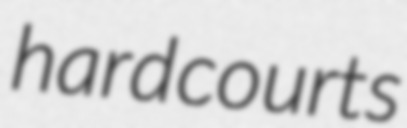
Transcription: hard courts